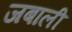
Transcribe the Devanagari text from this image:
जबाली